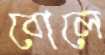
বোলে